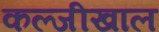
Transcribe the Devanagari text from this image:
कल्जीखाल